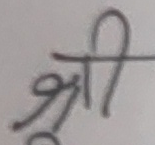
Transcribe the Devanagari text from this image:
श्री